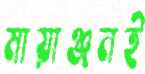
মায়াঞ্জনই